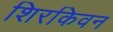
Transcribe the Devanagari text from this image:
शिरकिवन